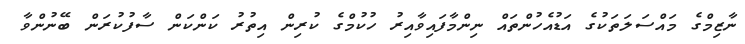
ނާޒިމްގެ މައްސަލަތަކުގެ އަޑުއެހުންތައް ނިންމާފައިވާއިރު ހުކުމްގެ ކުރިން އިތުރު ކަންކަން ސާފުކުރަން ބޭނުންވާ